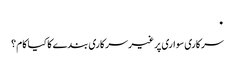
٠
‎سرکاری سواری پر غیر سرکاری بندے کا کیا کام ؟